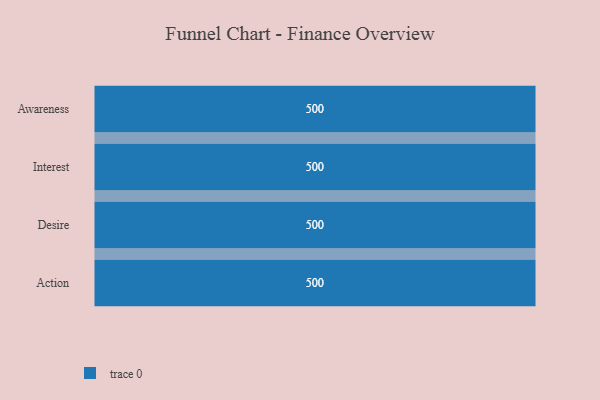
{"axis": {"x": "Stage", "y": "Value"}, "legend": [""], "data": [{"x": "Awareness", "y": 500, "type": ""}, {"x": "Interest", "y": 500, "type": ""}, {"x": "Desire", "y": 500, "type": ""}, {"x": "Action", "y": 500, "type": ""}]}